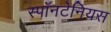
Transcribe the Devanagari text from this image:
स्पॉनटेनियस